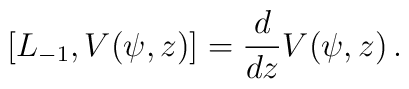
[L_{-1},V(\psi,z)]={d\over dz}V(\psi,z)\,.